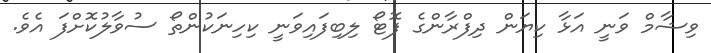
ވިޝާމް ވަނީ އަޅާ ކިޔަން ދިފްރާންގެ ފޮޓޯ ލިބިފައިވަނީ ކިހިނަކުންތޯ ސުވާލުކޮށްފަ އެވެ.